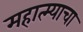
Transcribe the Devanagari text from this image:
महात्म्याचा